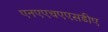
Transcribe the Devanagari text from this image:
एनएएचएएसडीए